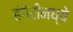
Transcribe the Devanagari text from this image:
हंगेरीमध्ये